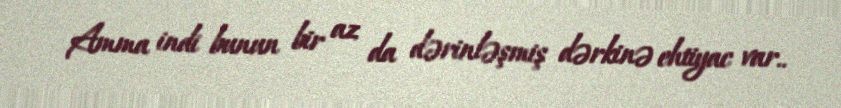
Amma indi bunun bir az da dərinləşmiş dərkinə ehtiyac var..